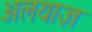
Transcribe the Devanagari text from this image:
अलयाज़